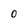
Character: o